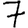
Digit: 7